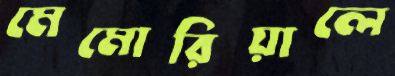
মেমোরিয়ালে